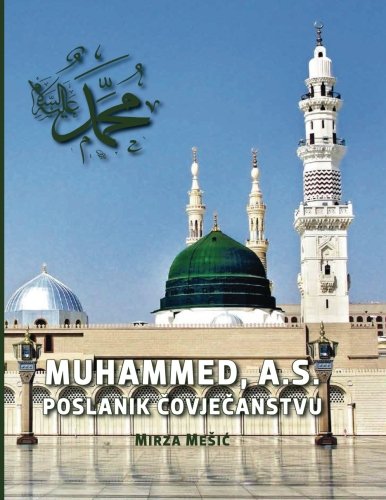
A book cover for Muhammed,A.S. Poslanik Covjecanstvu  Mirza Mesic (Bosnian Edition); Mr Mirza Mesic; History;